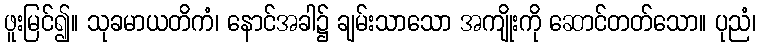
ဖူးမြင်၍။ သုခမာယတိကံ၊ နောင်အခါ၌ ချမ်းသာသော အကျိုးကို ဆောင်တတ်သော။ ပုညံ၊